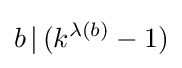
b\,|\,(k^{\lambda (b)}-1)